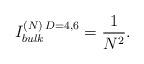
LaTeX: \begin{align*}{I^{(N)\, D=4,6}_{bulk} = {1\over N^2}.}\end{align*}